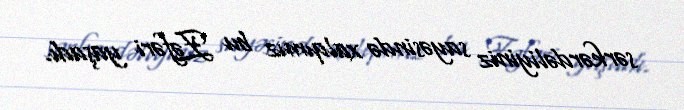
sərkərdəliyiniz sayəsində xalqımız bu Zəfəri yaşadı.